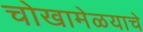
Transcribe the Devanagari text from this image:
चोखामेळयाचे